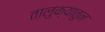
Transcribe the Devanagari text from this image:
तालुक्यातुन